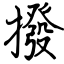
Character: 撥